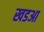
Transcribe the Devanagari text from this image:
खडआ